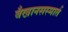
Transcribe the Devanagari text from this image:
वैखानसस्मार्त